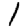
Digit: 1